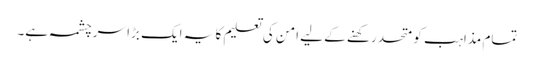
تمام مذاہب کو متحد رکھنے کے لیے امن کی تعلیم کا یہ ایک بڑا سرچشمہ ہے۔